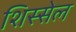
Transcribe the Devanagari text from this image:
शिस्सेल